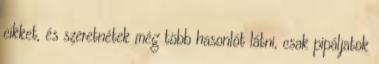
cikket, és szeretnétek még több hasonlót látni, csak pipáljatok